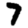
Digit: 7